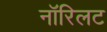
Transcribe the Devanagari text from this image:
नॉरिलट